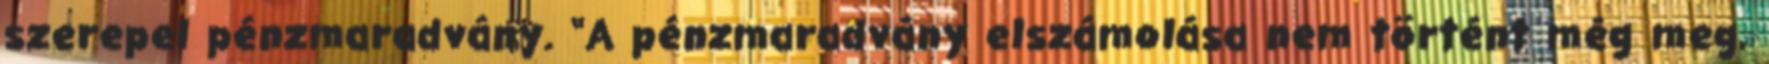
szerepel pénzmaradvány. “A pénzmaradvány elszámolása nem történt még meg,